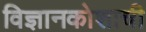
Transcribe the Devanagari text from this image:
विज्ञानकोशाची